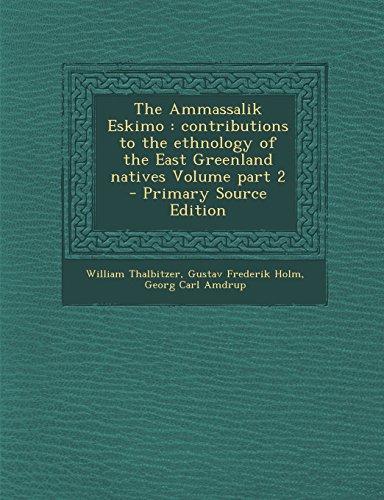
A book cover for The Ammassalik Eskimo: contributions to the ethnology of the East Greenland natives Volume part 2 - Primary Source Edition; William Thalbitzer; History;